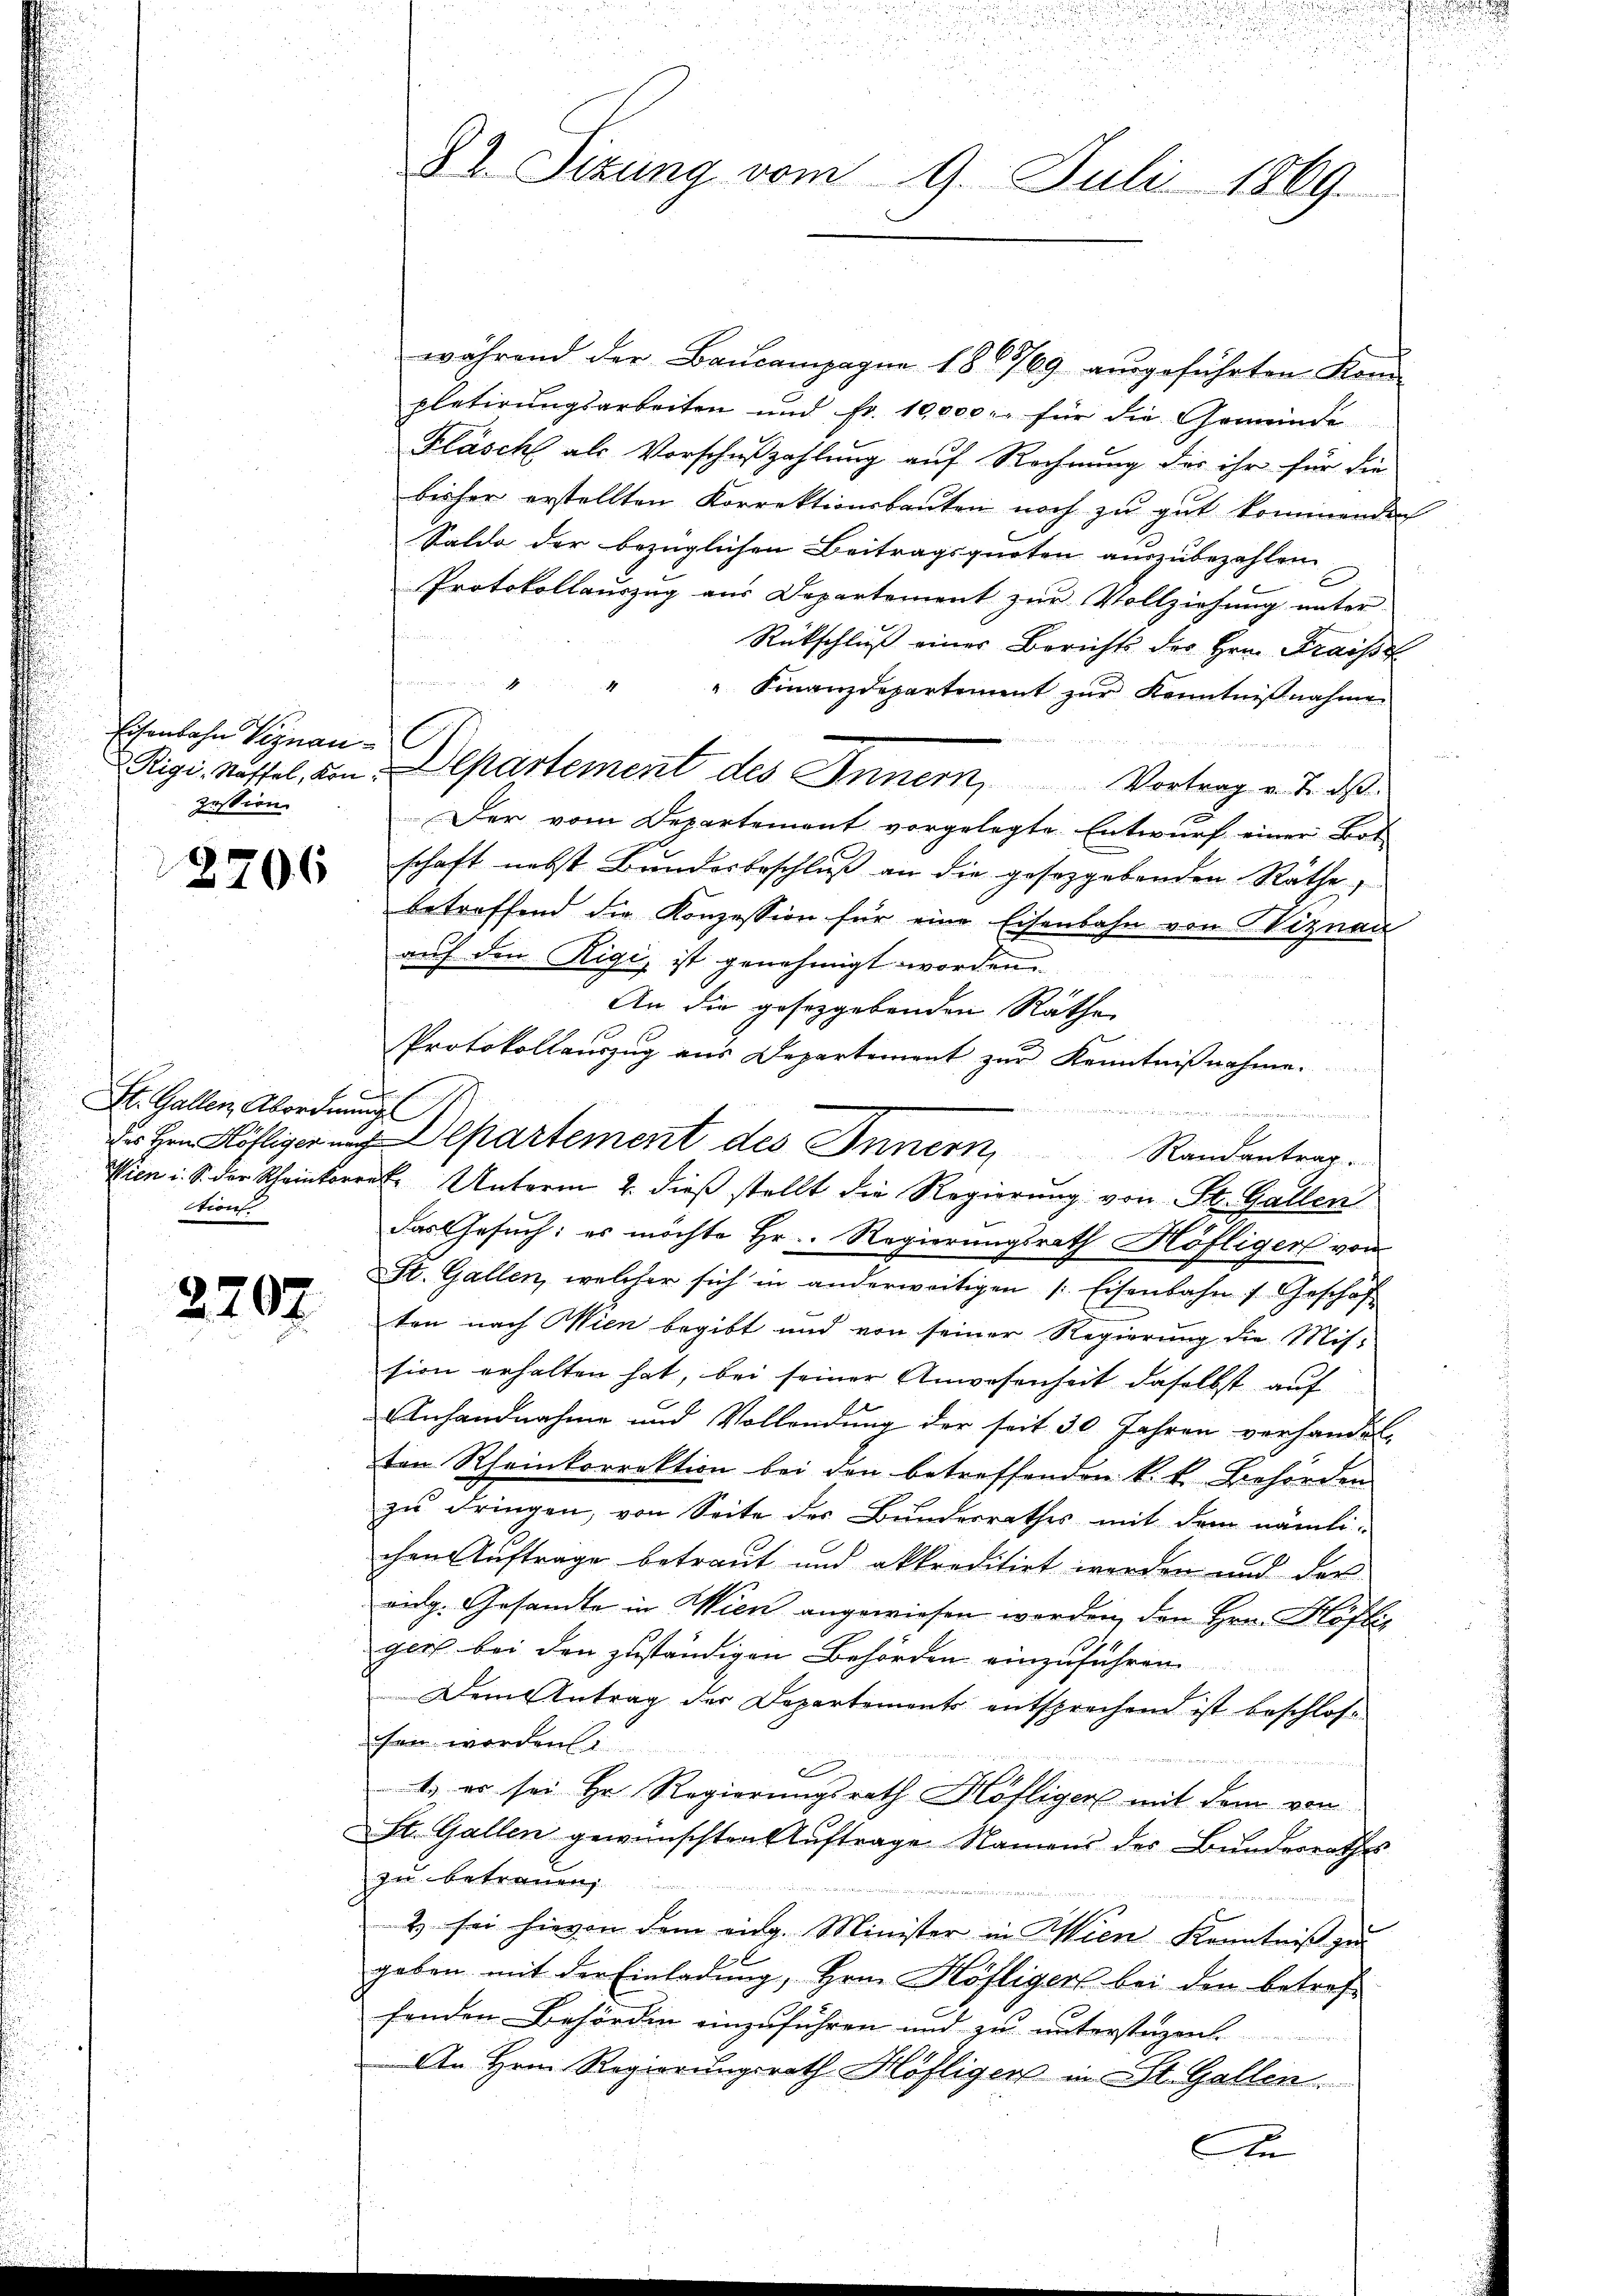
Eisenbahn Signan
zession

8206

St. Gallen, Abordnung
tion

2207.

u
82. Sizung vom 9. Juli 1869

während der Baŭcompagne 186769 aŭsgeführten Kon-
pletirungsarbeiten und Fr. 10,000. für die Gemeinde
Kläsch als Vorschußzahlung auf Rechnung des ihr für die
bisher erstellten Korrektionsbauten noch zu gut kommenden
Saldo der bezüglichen Beitragsquoten auszubezahlen.
Protokollauszug aus Departement zur Vollziehung unter
Rückschluß einer Berichts des Hrn. Fraisse
" Finanzdepartement zur Kenntnißnahme
Rigi-Staffel, von Departement des Innern, Vortrag v. J. das
Der vom Departement vorgelegte Entwurf einer Bot
schaft nebst Bunderbeschluß an die gesetzgebenden Räthe,
betreffend die Konzession für eine Eisenbahn von Viznau
auf den Rigi, ist genehmigt worden.
An die gesetzgebenden Räthe
Protokollauszug aus Departement zur Kenntnißnahme.
Freien in diesen unter in den von 153
Wien i. S. der Rheinkorrer Unterm 2. dieß stellt die Regierung von St. Gallen
das Gesuch: es möchte Hr. Regierungsrath Höfliger von
St. Gallen, welcher sich in anderweitigen /: Eisenbahn 1. Geschaft
ten nach Wien begibt und von seiner Regierung die Mit-
sion erhalten hat, bei seiner Anwesenheit daselbst auf
Anhandnahme und Vollendung der seit 30 Jahren verhandel
ten Rheinkorrektion bei den betreffenden k. k. Behörden
zu dringen, von Seite des Bundesrathes mit dem nämlichen Auftrage betraut und akkreditirt werden und der
vidg. Gesandte in Wien angewiesen werden, den Hrn. Köfler
gers bei den zuständigen Behörden einzuführen
Dem Antrag der Departements entsprechend ist beschloshan worden.
1. es sei Hr. Regierungsrath Höfliger mit dem von
St. Gallen gewünschten Aŭftrage Namens des Bundesrathes
zu betrauen,
2 sei hievon dem eidg. Minister in Wien Kenntniß zu
gaben mit der Einladung, Hrn. Höfligert bei den betreffenden Behörden einzuführen und zu unterstagen.
An Hrn. Regierungsrath Höfliger in St. Gallen.
An

r den Höfligerung Departement des Innern, Randantrag.